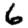
Digit: 6